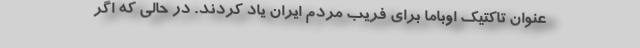
عنوان تاکتیک اوباما برای فریب مردم ایران یاد کردند. در حالی که اگر